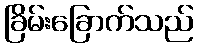
ခြိမ်းခြောက်သည်